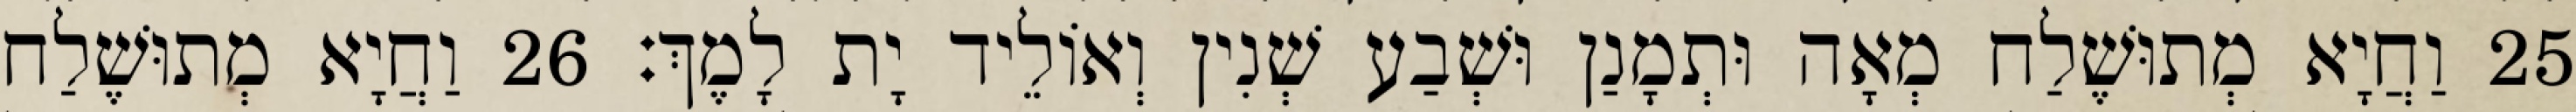
25 וַחֲיָא מְתוּשֶׁלַח מְאָה וּתְמָנַן וּשְׁבַע שְׁנִין וְאוֹלֵיד יָת לָמֶךְ׃ 26 וַחֲיָא מְתוּשֶׁלַח